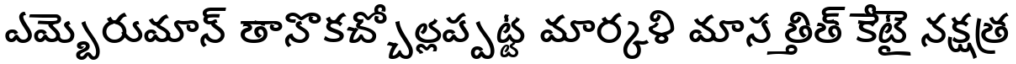
ఎమ్బెరుమాన్ తానొకచ్చోల్లప్పట్ట మార్కళి మాస త్తిత్ కేటై నక్షత్ర